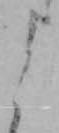
よ